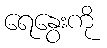
ရေနွေးကို